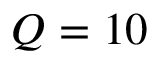
Q = 1 0